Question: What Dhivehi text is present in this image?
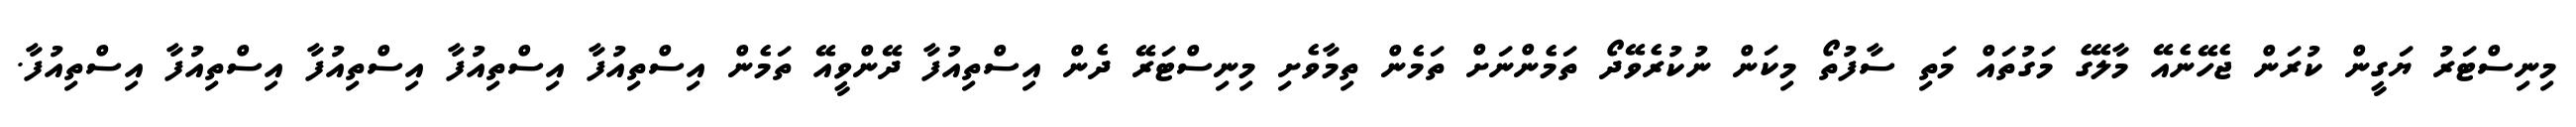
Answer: މިނިސްޓަރު ޔަގީން ކުރަން ޖެހޭނެއޭ މާލޭގެ މަގުތައް މަތި ސާފުތޯ މިކަން ނުކުރެވޭދޯ ތަމެންނަށް ތަމެން ތިމާވެށި މިނިސްޓަރޭ ދެން އިސްތިއުފާ ދޭންވީއޭ ތަމެން އިސްތިއުފާ އިސްތިއުފާ އިސްތިއުފާ އިސްތިއުފާ އިސްތިއުފާ.